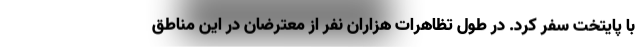
با پایتخت سفر کرد. در طول تظاهرات هزاران نفر از معترضان در این مناطق